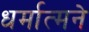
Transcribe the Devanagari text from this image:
धर्मात्मने